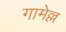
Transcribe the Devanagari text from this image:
गामेल्ल